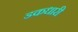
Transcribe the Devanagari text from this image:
डकधारी